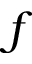
f